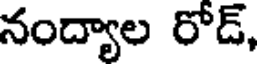
నంద్యాల రోడ్,